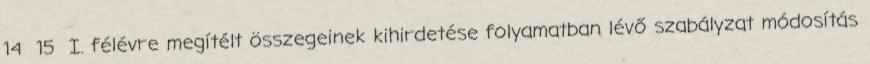
14 15 I. félévre megítélt összegeinek kihirdetése folyamatban lévő szabályzat módosítás